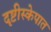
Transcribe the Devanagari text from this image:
दृष्टीस्केपात